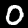
Label: 0